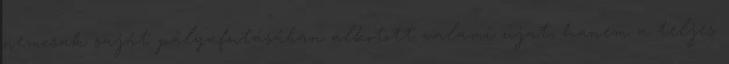
nemcsak saját pályafutásában alkotott valami újat, hanem a teljes